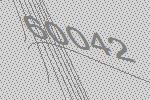
60042